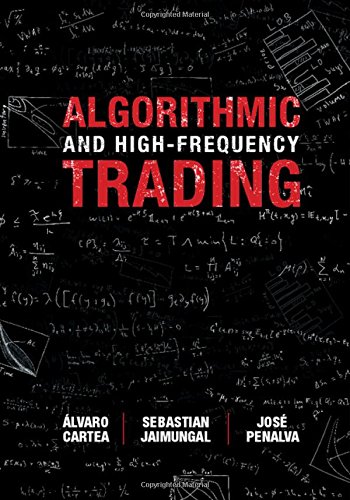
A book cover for Algorithmic and High-Frequency Trading (Mathematics, Finance and Risk); ÃElvaro Cartea; Business & Money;